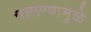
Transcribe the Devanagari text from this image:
चालण्यामुळे